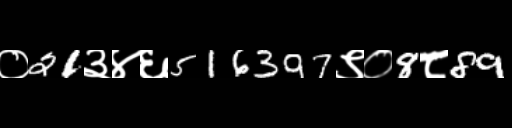
Text: ०21३४६516397९०8८89